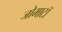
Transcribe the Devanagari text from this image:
जोमाटॉ